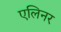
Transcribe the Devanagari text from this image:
एलिनर